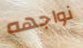
نواجهه